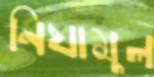
নিযামুল